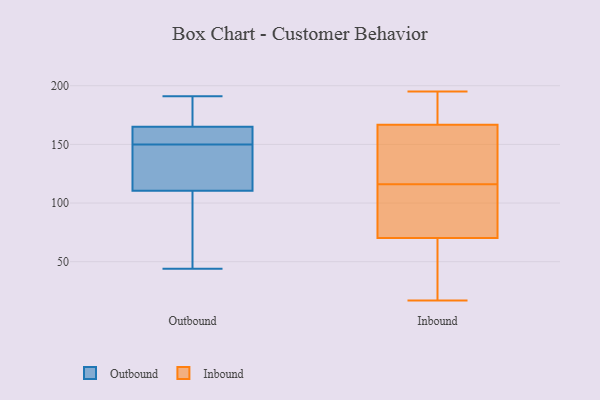
{"axis": {"x": "Latency (ms)", "y": "Value"}, "legend": ["Inbound", "Outbound"], "data": [{"x": "", "y": 170, "type": "Outbound"}, {"x": "", "y": 91, "type": "Outbound"}, {"x": "", "y": 191, "type": "Outbound"}, {"x": "", "y": 161, "type": "Outbound"}, {"x": "", "y": 122, "type": "Outbound"}, {"x": "", "y": 82, "type": "Outbound"}, {"x": "", "y": 167, "type": "Outbound"}, {"x": "", "y": 44, "type": "Outbound"}, {"x": "", "y": 123, "type": "Outbound"}, {"x": "", "y": 120, "type": "Outbound"}, {"x": "", "y": 159, "type": "Outbound"}, {"x": "", "y": 163, "type": "Outbound"}, {"x": "", "y": 149, "type": "Outbound"}, {"x": "", "y": 177, "type": "Outbound"}, {"x": "", "y": 101, "type": "Outbound"}, {"x": "", "y": 151, "type": "Outbound"}, {"x": "", "y": 166, "type": "Inbound"}, {"x": "", "y": 195, "type": "Inbound"}, {"x": "", "y": 118, "type": "Inbound"}, {"x": "", "y": 116, "type": "Inbound"}, {"x": "", "y": 36, "type": "Inbound"}, {"x": "", "y": 173, "type": "Inbound"}, {"x": "", "y": 80, "type": "Inbound"}, {"x": "", "y": 77, "type": "Inbound"}, {"x": "", "y": 51, "type": "Inbound"}, {"x": "", "y": 17, "type": "Inbound"}, {"x": "", "y": 194, "type": "Inbound"}, {"x": "", "y": 77, "type": "Inbound"}, {"x": "", "y": 68, "type": "Inbound"}, {"x": "", "y": 167, "type": "Inbound"}, {"x": "", "y": 118, "type": "Inbound"}]}